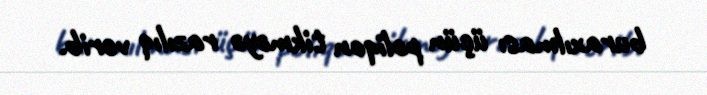
buraxılması üçün poliqon tikməyə razılıq verib.